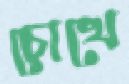
চোখে